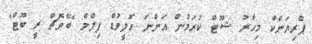
ޕްރިޔަންކާ މިހާރު ޝޫޓް ކުރަމުން އަންނަ ހޮލީވުޑް ފިލްމް "ބޭވޮޗް ރީ ބޫޓް"